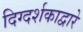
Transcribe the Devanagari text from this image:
दिग्दर्शकाद्वारे